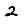
Digit: 2